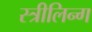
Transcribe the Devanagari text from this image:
स्त्रीलिन्ग